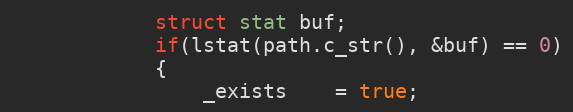
Language: C++
			struct stat buf;
			if(lstat(path.c_str(), &buf) == 0)
			{
				_exists    = true;